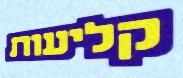
קליעות